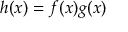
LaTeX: h ( x ) = f ( x ) g ( x )